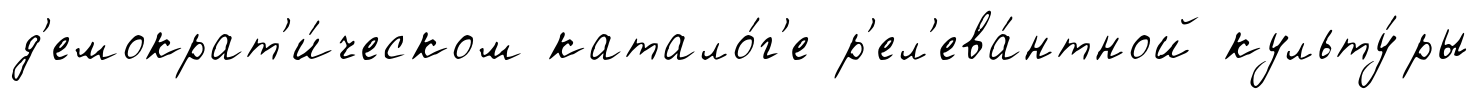
д'емократ'и́ческом катало́г'е р'ел'ева́нтной культу́ры